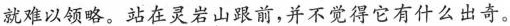
就难以领略。站在灵岩山跟前，并不觉得它有什么出奇。